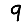
Digit: 9